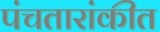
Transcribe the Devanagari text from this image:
पंचतारांकीत